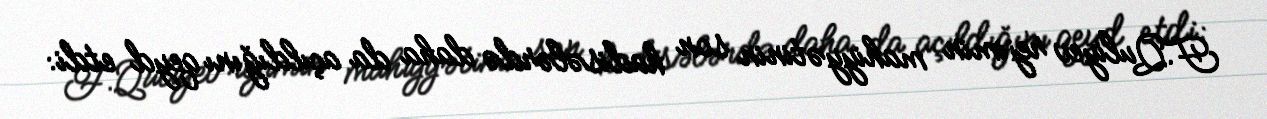
F.Quliyev rejimin mahiyyətinin son hadisələrdə daha da açıldığını qeyd etdi: